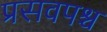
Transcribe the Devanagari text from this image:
प्रसवपश्च